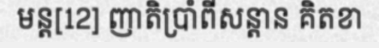
មន្ត[12] ញាតិប្រាំពីសន្តាន គិតខា